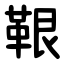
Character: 鞎